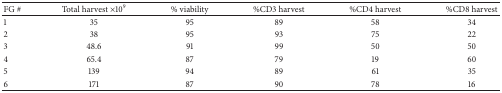
<table><thead><tr><td><b>FG #</b></td><td><b>Total harvest ×10<sup>9</sup></b></td><td><b>% viability </b></td><td><b>%CD3 harvest</b></td><td><b>%CD4 harvest</b></td><td><b>%CD8 harvest</b></td></tr></thead><tbody><tr><td>1</td><td>35</td><td>95</td><td>89</td><td>58</td><td>34</td></tr><tr><td>2</td><td>38</td><td>95</td><td>93</td><td>75</td><td>22</td></tr><tr><td>3</td><td>48.6</td><td>91</td><td>99</td><td>50</td><td>50</td></tr><tr><td>4</td><td>65.4</td><td>87</td><td>79</td><td>19</td><td>60</td></tr><tr><td>5</td><td>139</td><td>94</td><td>89</td><td>61</td><td>35</td></tr><tr><td>6</td><td>171</td><td>87</td><td>90</td><td>78</td><td>16</td></tr></tbody></table>